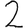
Digit: 2